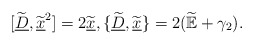
\begin{align*} [\widetilde{\underline{D}}, \widetilde{\underline{x}}^2]=2 \widetilde{\underline{x}},\{\widetilde{\underline{D}},\widetilde{\underline{x}}\}=2(\widetilde{\mathbb{E}}+\gamma_2).\end{align*}